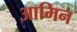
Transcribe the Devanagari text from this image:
आमिन